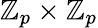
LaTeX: \mathbb{Z}_{p}\times\mathbb{Z}_{p}